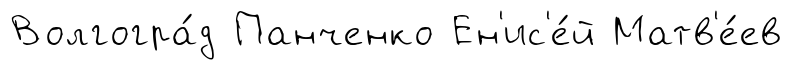
Волгогра́д Панченко Ен'ис'е́й Матв'е́ев